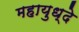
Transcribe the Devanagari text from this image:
महायुध्दे